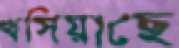
খসিয়াছে